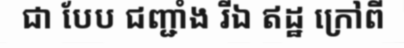
ជា បែប ជញ្ជាំង រីឯ ឥដ្ឋ ក្រៅពី